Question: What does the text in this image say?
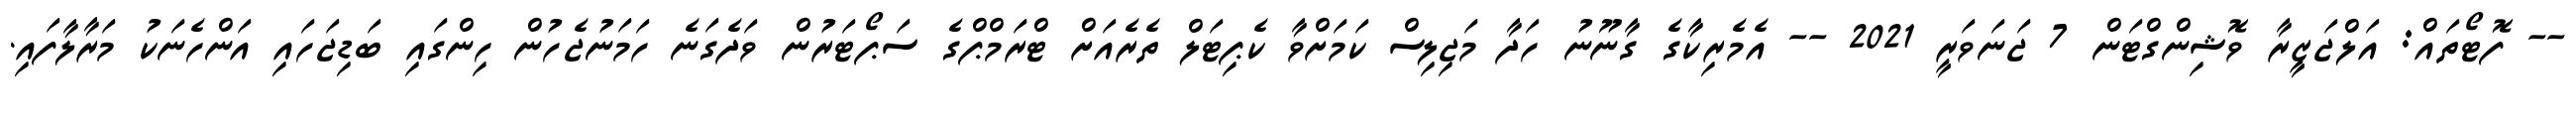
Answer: -- ފޮޓޯތައް: އަލްޖަޒީރާ ވޮޝިންގްޓަން 7 ޖަނަވަރީ 2021 -- އެމެރިކާގެ ގާނޫނު ހަދާ މަޖިލިސް ކަމަށްވާ ކެޕިޓަލް ތެރެއަށް ޓްރަމްޕްގެ ސަޕޯޓަރުން ވަދެގަނެ ހަމަނުޖެހުން ހިންގައި ބަޑިޖަހައި އަންހެނަކު މަރާލާފައި.